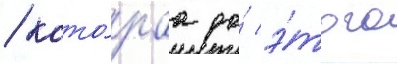
/ кото́раа до́ э́того